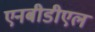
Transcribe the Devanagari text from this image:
एनबीडीएल